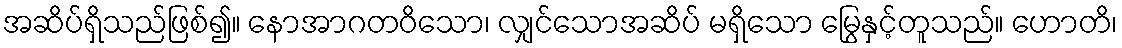
အဆိပ်ရှိသည်ဖြစ်၍။ နောအာဂတဝိသော၊ လျှင်သောအဆိပ် မရှိသော မြွေနှင့်တူသည်။ ဟောတိ၊